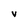
Character: V